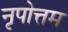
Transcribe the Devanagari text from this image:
नृपोत्तम